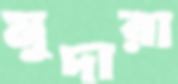
মুদারা